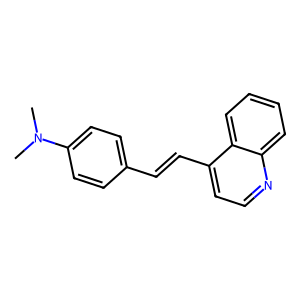
SMILES: CN(C)c1ccc(C=Cc2ccnc3ccccc23)cc1
Inhibits HIV replication: No